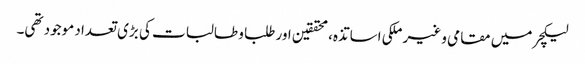
لیکچر میں مقامی و غیر ملکی اساتذہ، محققین اور طلبا و طالبات کی بڑی تعداد موجود تھی۔